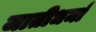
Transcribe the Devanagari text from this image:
जातीधर्मा